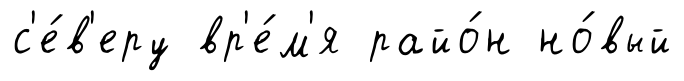
с'е́в'еру вр'е́м'я райо́н но́вый